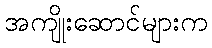
အကျိုးဆောင်များက